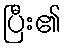
ပြီး၏